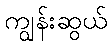
ကျွန်းဆွယ်